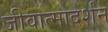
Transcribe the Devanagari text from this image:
जीवात्मादर्शन